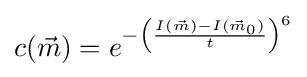
c({\vec {m}})=e^{-\left({\frac {I({\vec {m}})-I({\vec {m}}_{0})}{t}}\right)^{6}}